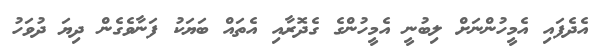
އެދެފައި އެމީހުންނަށް ލިބުނީ އެމީހުންގެ ގެދޮރާއި އެތައް ބަޔަކު ފަނާވެގެން ދިޔަ ދުވަހު